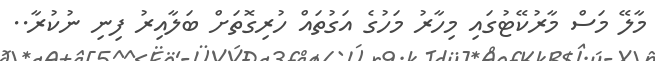
މާލޭ މަސް މާރުކޭޓުގައި މިހާރު މަހުގެ އަގުތައް ހުރިގޮތަށް ބަލާއިރު ފިނި ނުކުރާ..